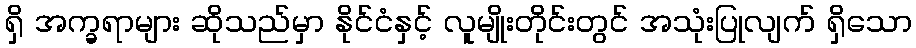
ရှိ အက္ခရာများ ဆိုသည်မှာ နိုင်ငံနှင့် လူမျိုးတိုင်းတွင် အသုံးပြုလျက် ရှိသော